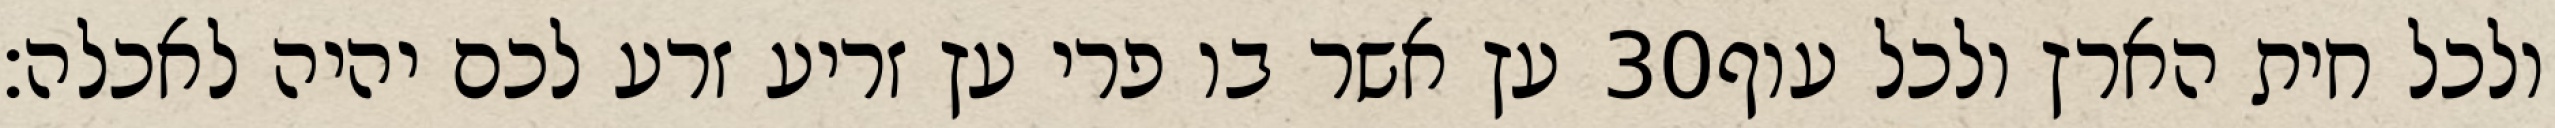
עץ אשר בו פרי עץ זריע זרע לכם יהיה לאכלה׃ ‎30‏ ולכל חית הארץ ולכל עוף